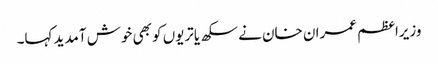
وزیراعظم عمران خان نے سکھ یاتریوں کو بھی خوش آمدید کہا۔